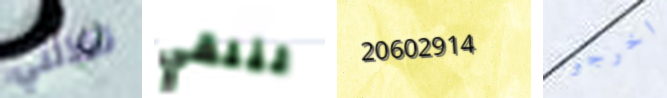
تخذلني لنلقي 20602914 اخرجوا